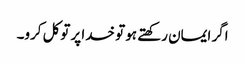
اگر ایمان رکھتے ہو تو خدا پر توکل کرو۔